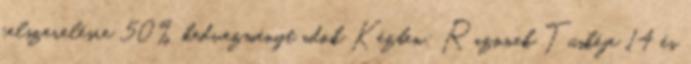
felszerelésre 50% kedvezményt adok Kézben: Razonek Tüskéje 14 és